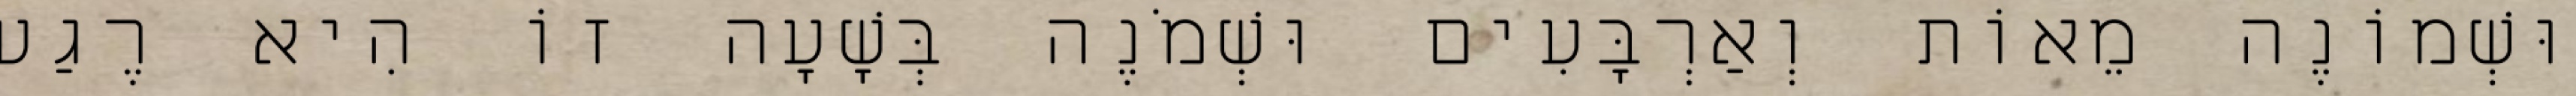
וּשְׁמוֹנֶה מֵאוֹת וְאַרְבָּעִים וּשְׁמֹנֶה בְּשָׁעָה זוֹ הִיא רֶגַע